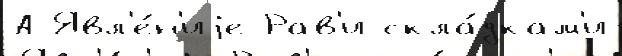
А Явл'е́н'иjе Рав'и скла́дкам'и